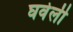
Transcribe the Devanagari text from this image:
घवेली